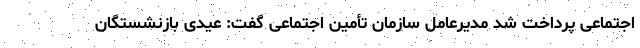
اجتماعی پرداخت شد مدیرعامل سازمان تأمین اجتماعی گفت: عیدی بازنشستگان